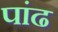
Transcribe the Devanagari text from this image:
पांढ